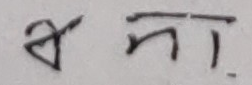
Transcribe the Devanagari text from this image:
बना.